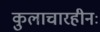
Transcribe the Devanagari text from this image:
कुलाचारहीनः